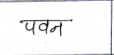
मजकूर: पवन